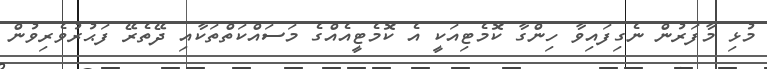
މުޅި މާފަރުން ނެގިފައިވާ ހިންގާ ކޮމެޓިއަކީ އެ ކޮމެޓީއެއްގެ މަސައްކަތްތަކާއި ދޭތެރޭ ފަޙުރުވެރިވުން